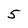
Character: 5